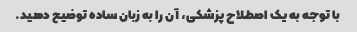
با توجه به یک اصطلاح پزشکی، آن را به زبان ساده توضیح دهید.